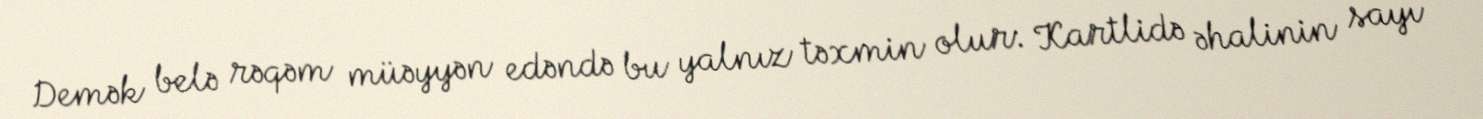
Demək belə rəqəm müəyyən edəndə bu yalnız təxmin olur: Kartlidə əhalinin sayı